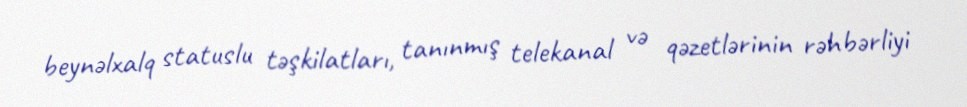
beynəlxalq statuslu təşkilatları, tanınmış telekanal və qəzetlərinin rəhbərliyi